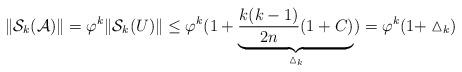
LaTeX: \begin{align*}\|\mathcal{S}_k (\mathcal{A})\| = \varphi^k \| \mathcal{S}_k (U) \| \leq \varphi^k (1+\underbrace{\frac{k(k-1)}{2n} (1+ C)}_{\vartriangle_{k}})= \varphi^k (1+\vartriangle_{k})\end{align*}